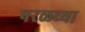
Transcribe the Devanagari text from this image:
परळच्या